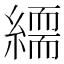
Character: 𦅏